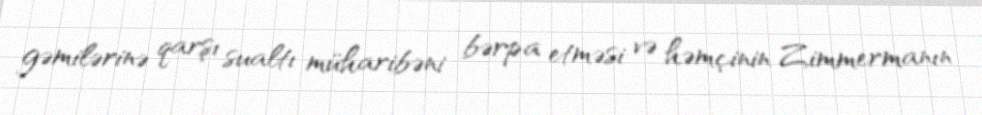
gəmilərinə qarşı sualtı müharibəni bərpa etməsi və həmçinin Zimmermanın